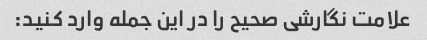
علامت نگارشی صحیح را در این جمله وارد کنید: